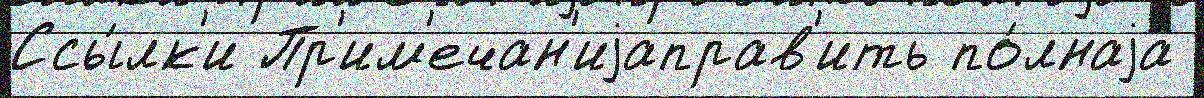
Ссы́лк'и Пр'им'ечан'иjаправ'ить по́лнаjа